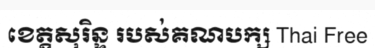
ខេត្តសុរិន្ទ របស់គណបក្ស Thai Free